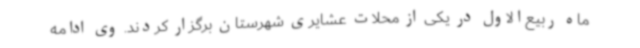
ماه ربیع‌الاول در یکی از محلات عشایری شهرستان برگزار کردند. وی ادامه